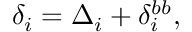
\delta _ { i } = \Delta _ { i } + \delta _ { i } ^ { b b } ,